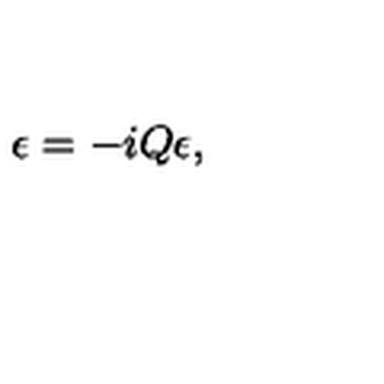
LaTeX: \epsilon = - i Q \epsilon ,